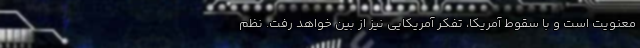
معنویت است و با سقوط آمریکا، تفکر آمریکایی نیز از بین خواهد رفت. نظم